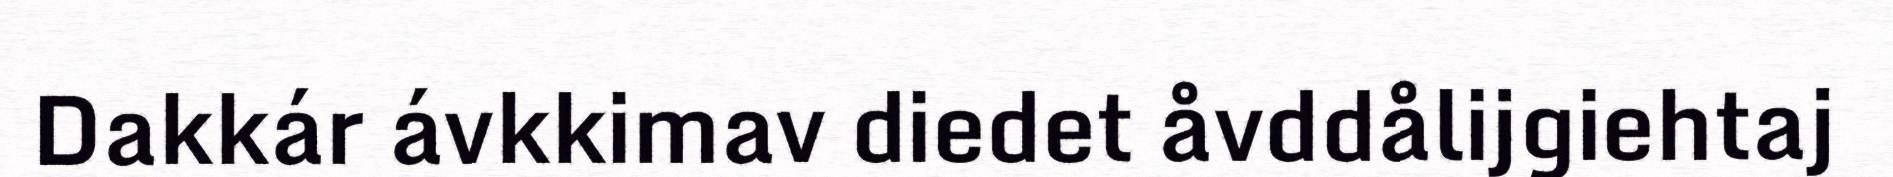
Dakkár ávkkimav diedet åvddålijgiehtaj